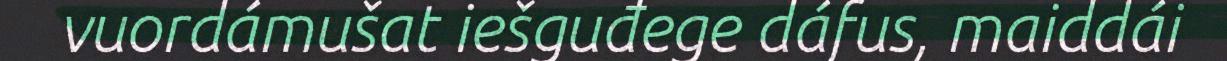
vuordámušat iešguđege dáfus, maiddái